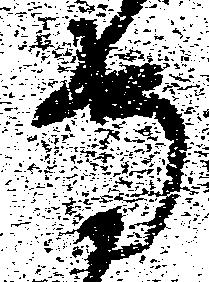
守